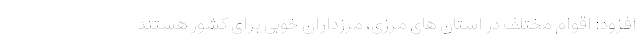
افزود: اقوام مختلف در استان های مرزی، مرزداران خوبی برای کشور هستند